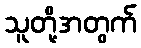
သူတို့အတွက်